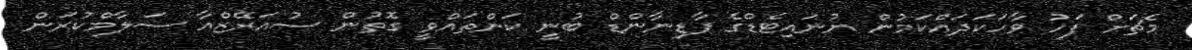
މެޗަށް ފަހު ވާހަކަދައްކަމުން ޔުނައިޓެޑްގެ ފާޑިނާންޑް ބުނީ ކަންތައްވީ ގޮތުން ސުއަރޭޒްއާ ސަލާމްކުރަން